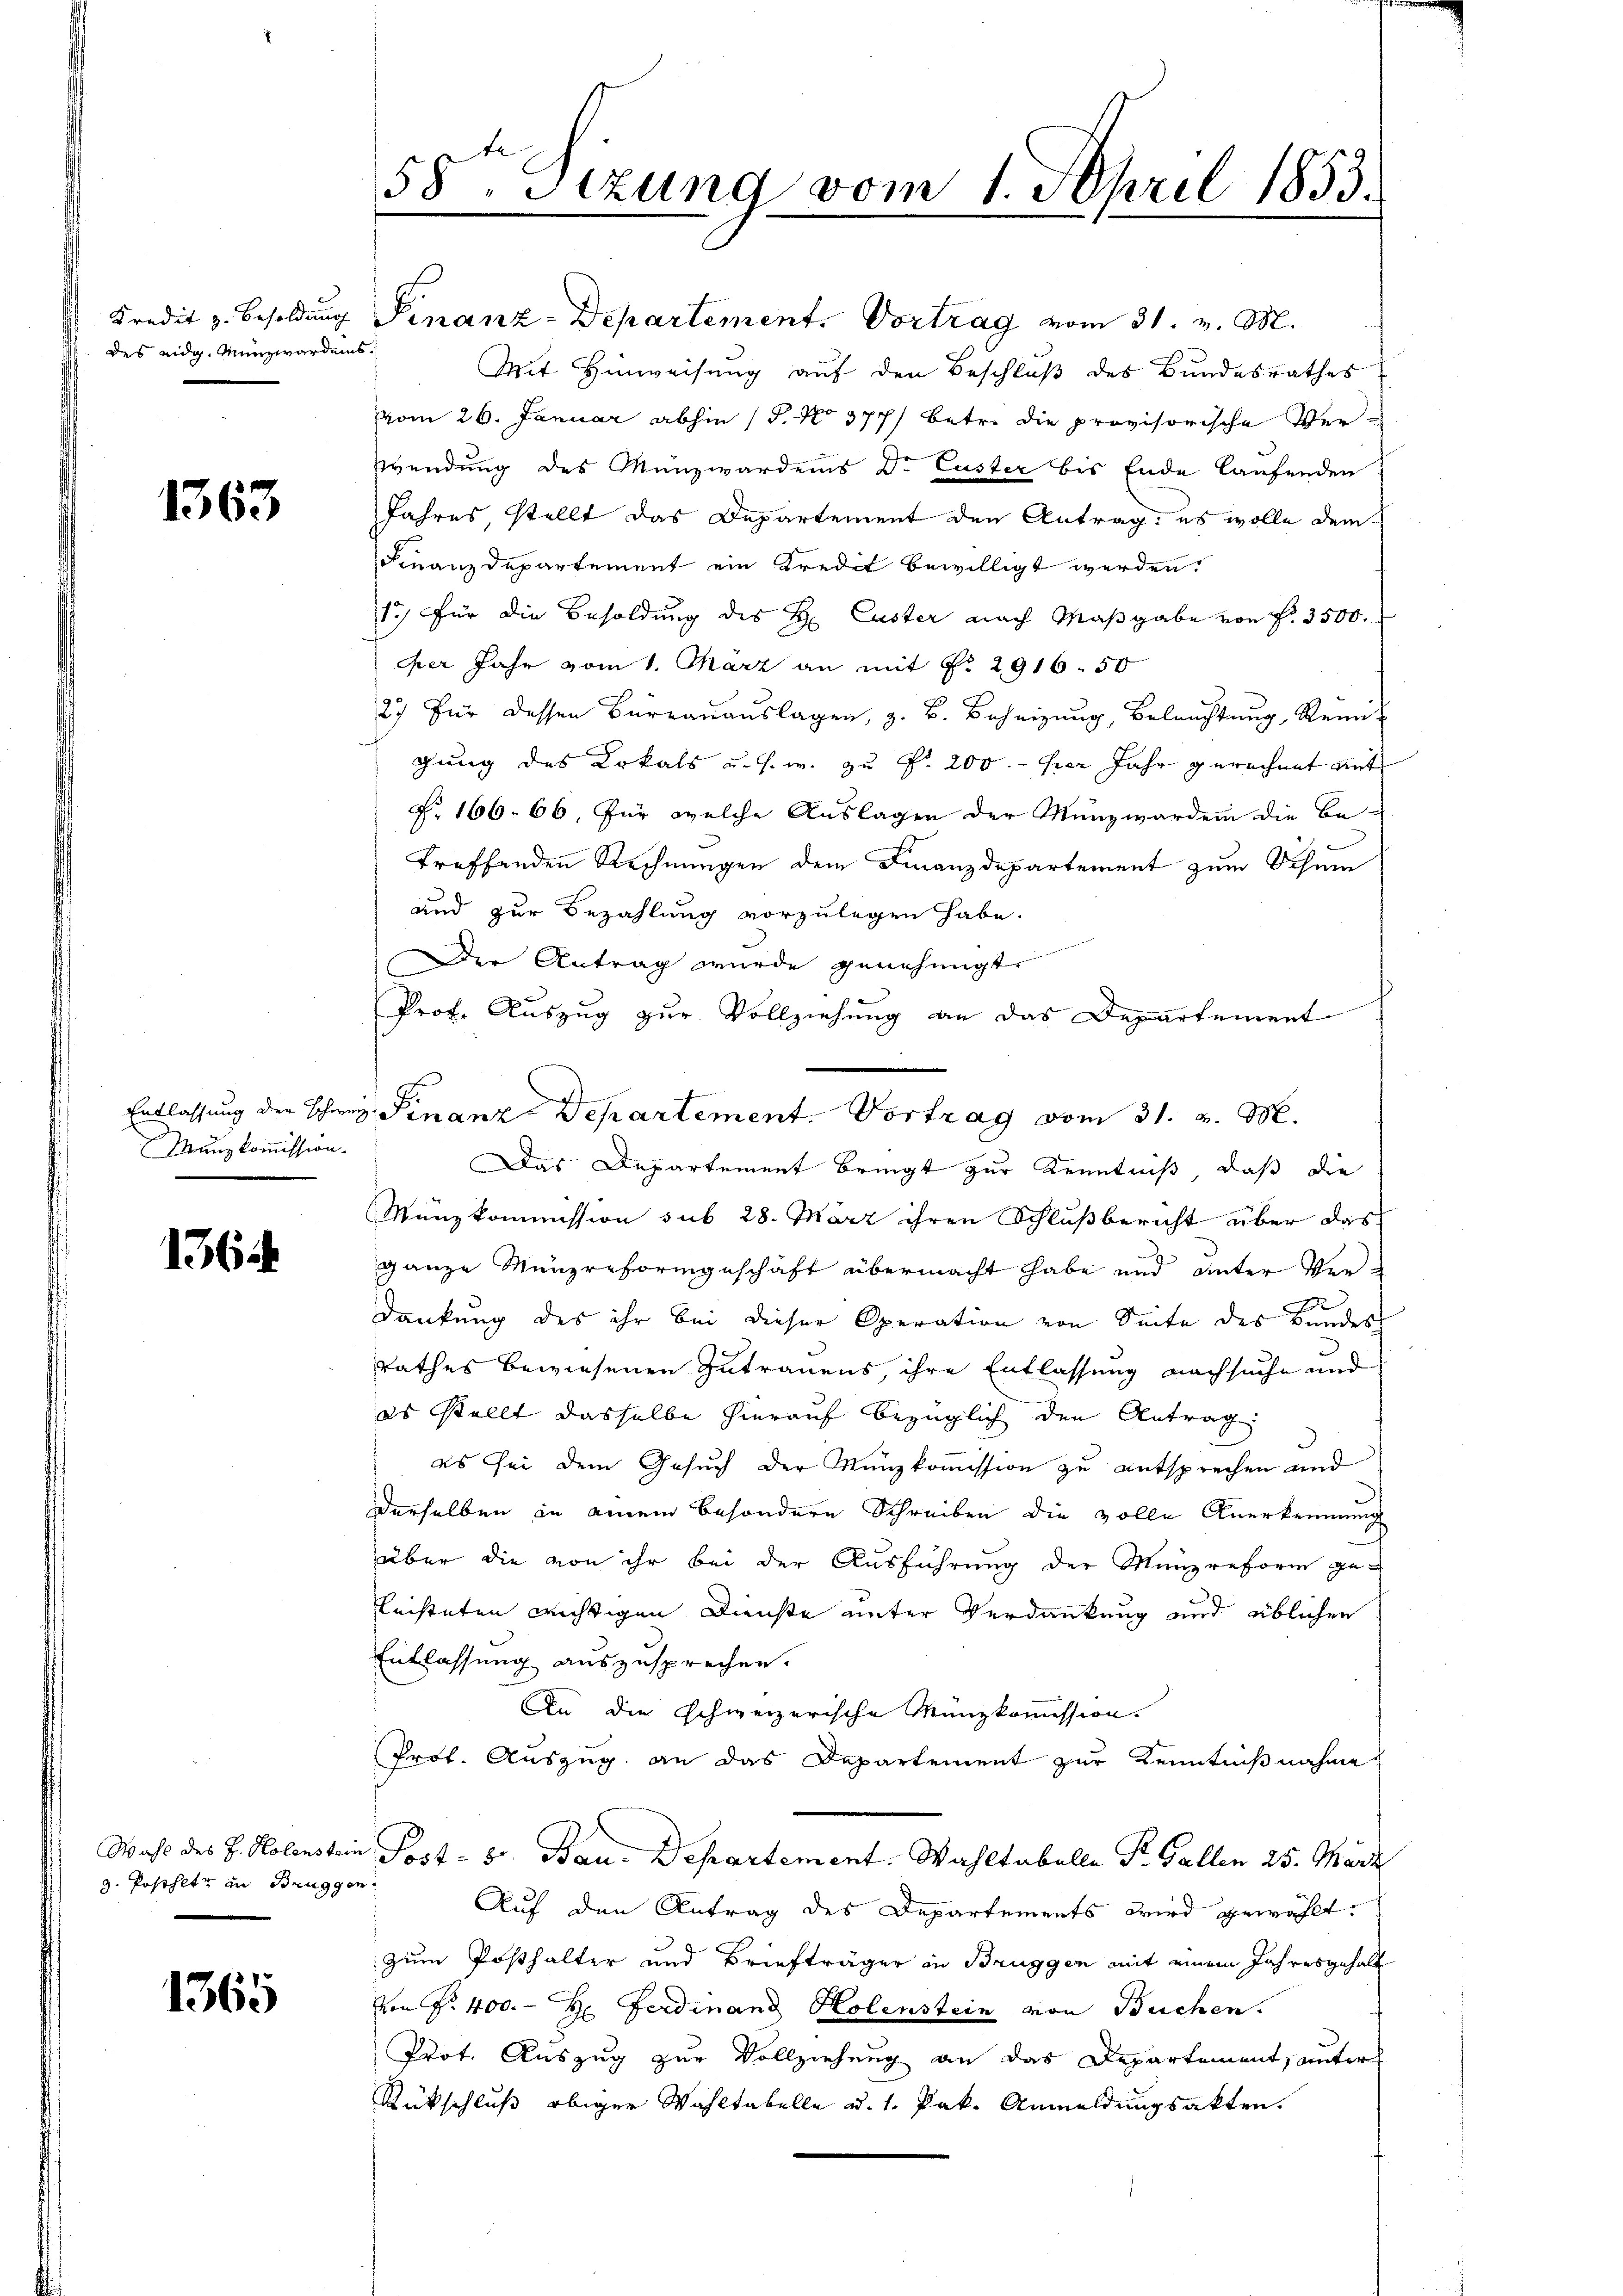
des eidg. Münzwerdens¬

1363

Münzkommission.

1364

g. Posthete in Bruggen

1365

58, Sitzung vom 1. April 1853.
.

Kredit z. Besoldung Finanz-Departement. Vortrag vom 31. v. M.
Mit Hinweisung auf den Beschluß des Bundesrathes
vom 26. Januar abhin (S. No 377/ betr. die provisorische Verwendung des Münzwardens Dr. Custer bis Ende laufenden
Jahres, stellt das Departement den Antrag: es wolle dem
Finanzdepartement ein Kredit bewilligt werden.
1) Für die Besoldung des H. Custer nach Maßgabe von f. 3500.
per Jahr vom 1. März an mit No. 2916. 50
27) Für dessen Büreaŭaŭslagen, z. B. Beheizung, Beleuchtung, Reini-
gung des Lokals u. s. w. zu Fr. 200. - Hier Jahr gerechnet mit
§. 166. 66, für welche Auslagen der Münzwerden die Betreffenden Rechnungen dem Finanzdepartement zum Schum
und zur Bezahlung vorzulegen habe.
Der Antrag wurde genehmigt.
Prof. Auszug zur Vollziehung an das Departement
Entlassung der Schrey Finanz Departement. Vortrag vom 31. v. M.
Das Departement bringt zur Kenntniß, daß die
Mänzkommission sub 28. März ihren Schlußbericht über das
ganze Menzreformgeschäft übermacht habe und unter Ver¬
E
dankung des ihr bei dieser Operation von Seite des Bundes
rathes bewiesenen Zutrauens, ihre Entlassung nachsuche und
es stellt dasselbe hierauf bezüglich den Antrag
es sei dem Gesuch der Münzkommission zu entsprechen und
derselben in einem besondere Schreiben die volle Anerkennung
über die von ihr bei der Ausführung der Münzreform ge-
leisteten wichtigen Dienste unter Verdankung und üblichen
Entlassung auszusprechen.
An die schweizerische Münzkommission.
Prof. Auszug an das Departement zur Kenntnißnahme
Wahl des H. Kolenstein Post - 8. Bau-Departement. Wahltabelle St. Gallen 25. März
Auf den Antrag des Departements wird gewählt
zum Posthalter und Briefträger in Brüggen mit einem Jahresgehalt
von Nr. 400. - Hr. Ferdinand Holenstein von Buchen.
Prot. Auszug zur Vollziehung an das Departement, unter
Rückschluß obiger Wahltabelle d. 1. Pak. Anmeldungsakten.